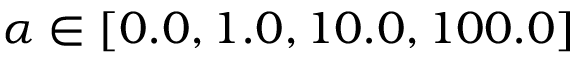
\alpha \in [ 0 . 0 , 1 . 0 , 1 0 . 0 , 1 0 0 . 0 ]